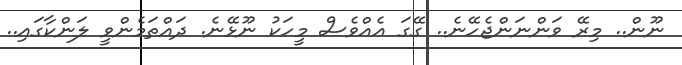
ނޫން.. މިރޭ ވަންނަންޖެހޭނެ.. ގޭގަ އެއްވެސް މީހަކު ނޫޅޭނެ. ދައްތަމެންވީ ލަންކާގައި..